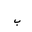
Letter: _ba